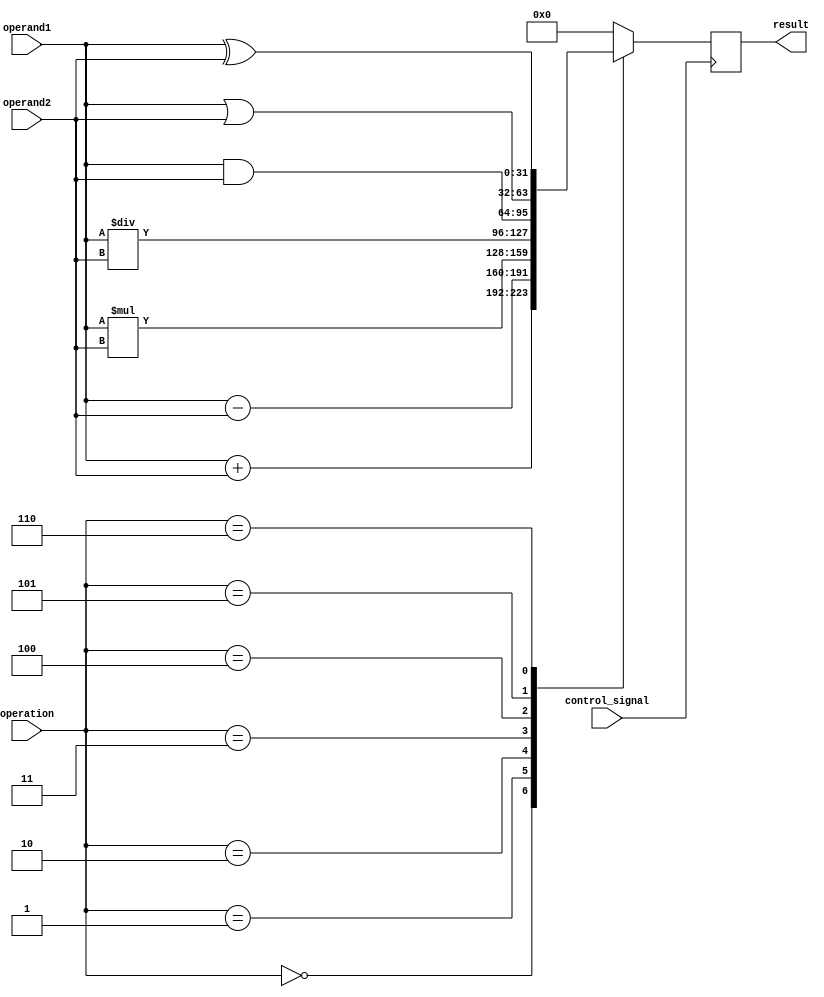
module ALU(input [31:0] operand1, operand2, input [2:0] operation, input control_signal,
           output reg [31:0] result);

always @(posedge control_signal) begin
    case (operation)
        3'b000: // addition
            result <= operand1 + operand2;
        3'b001: // subtraction
            result <= operand1 - operand2;
        3'b010: // multiplication
            result <= operand1 * operand2;
        3'b011: // division
            result <= operand1 / operand2;
        3'b100: // bitwise AND
            result <= operand1 & operand2;
        3'b101: // bitwise OR
            result <= operand1 | operand2;
        3'b110: // bitwise XOR
            result <= operand1 ^ operand2;
        default:
            result <= 0;
    endcase
end

endmodule